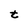
Character: t